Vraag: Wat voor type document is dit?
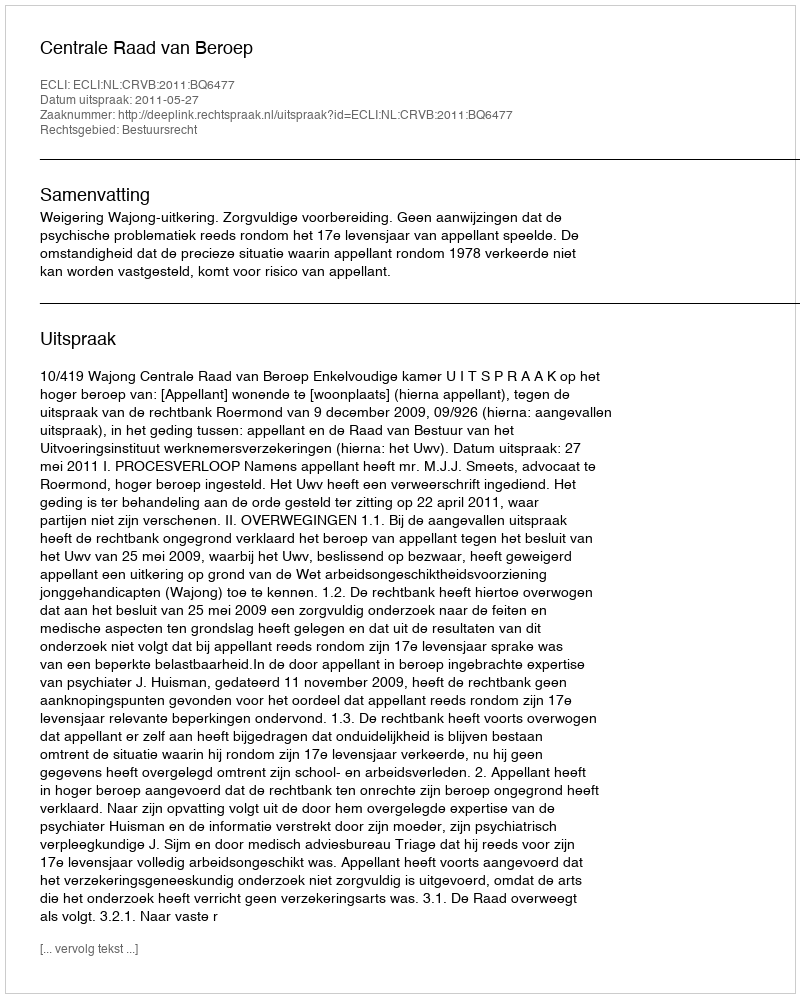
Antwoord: Uitspraak